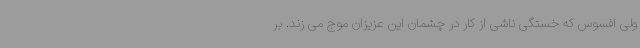
ولی افسوس که خستگی ناشی از کار در چشمان این عزیزان موج می زند. بر